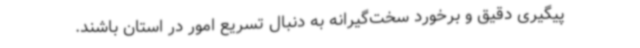
پیگیری دقیق و برخورد سخت‌گیرانه به دنبال تسریع امور در استان باشند.